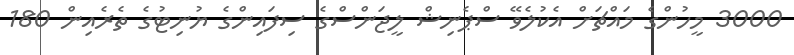
3000 މީހުންގެ މައްޗަށް އެކުލެވޭ ސްޕެނިޝް ލީޖަންސްގެ ސިފައިންގެ ޔުނިޓުގެ ތެރެއިން 180